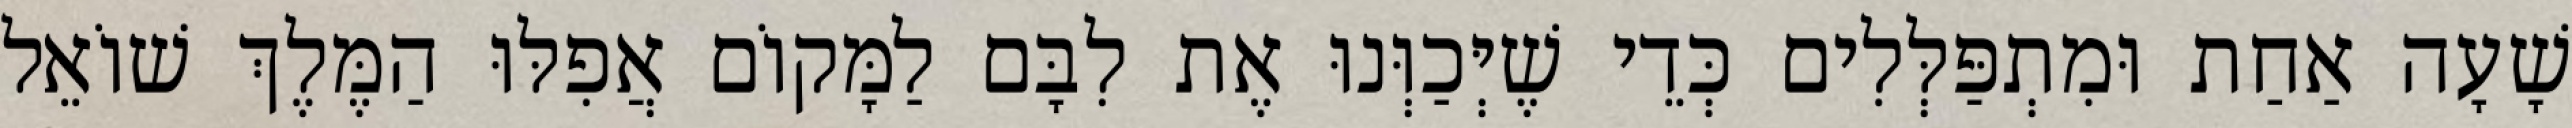
שָׁעָה אַחַת וּמִתְפַּלְּלִים כְּדֵי שֶׁיְּכַוְּנוּ אֶת לִבָּם לַמָּקוֹם אֲפִלּוּ הַמֶּלֶךְ שׁוֹאֵל